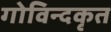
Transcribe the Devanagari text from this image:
गोविन्दकृत